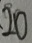
\cdot 2 0